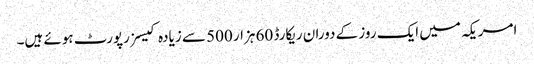
امریکہ میں ایک روز کے دوران ریکارڈ 60 ہزار 500 سے زیادہ کیسز رپورٹ ہوئے ہیں۔